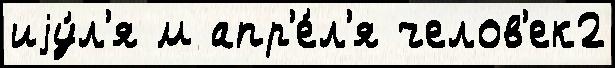
иjу́л'я м апр'е́л'я челов'ек2